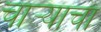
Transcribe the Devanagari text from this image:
चार्‍याचा